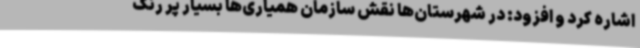
اشاره کرد و افزود: در شهرستان‌ها نقش سازمان همیاری‌ها بسیار پر رنگ